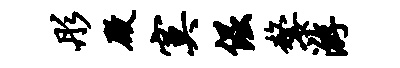
彤殿寞倔嫠游